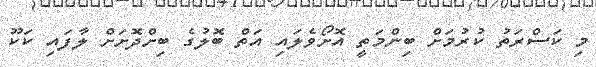
މި ކަސްރަތު ކުރުމަށް ބިންމަތީ އޮށޯވެލައި އަތް ބޮލުގެ ބިށްދޮށަށް ލާފައި ކަކޫ